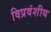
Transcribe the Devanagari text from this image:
विप्रवंशीय